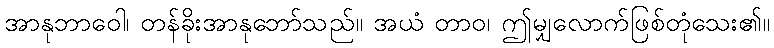
အာနုဘာဝေါ၊ တန်ခိုးအာနုဘော်သည်။ အယံ တာဝ၊ ဤမျှလောက်ဖြစ်တုံသေး၏။